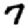
Digit: 7